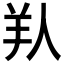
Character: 𦍏